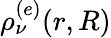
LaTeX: \rho_{\nu}^{(e)}(r,R)